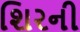
શિરની